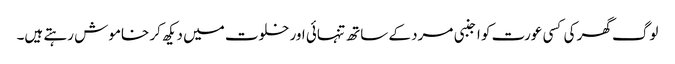
لوگ گھر کی کسی عورت کو اجنبی مرد کے ساتھ تنہائی اور خلوت میں دیکھ کر خاموش رہتے ہیں۔